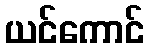
ယင်ကောင်